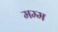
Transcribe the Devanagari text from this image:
मम्म